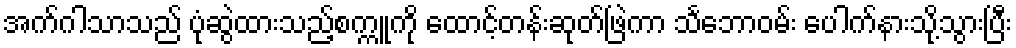
အက်ဂါသာသည် ပုံဆွဲထားသည့်စက္ကူကို ထောင့်တန်းဆုတ်ဖြဲကာ သင်္ဘောဝမ်း ပေါက်နားသို့သွားပြီး